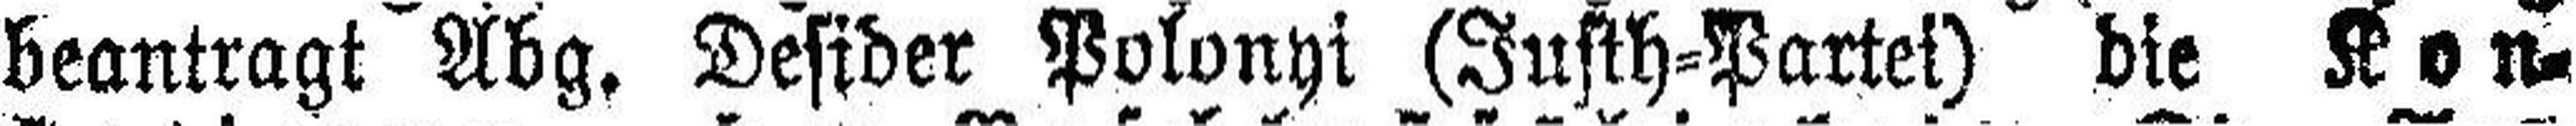
beantragt Abg. Desider Polonyi (Justh=Partei) die Kon¬